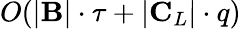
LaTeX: O(|\mathbf{B}|\cdot\tau+|\mathbf{C}_{L}|\cdot q)